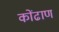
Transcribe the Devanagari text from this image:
कोंढाण